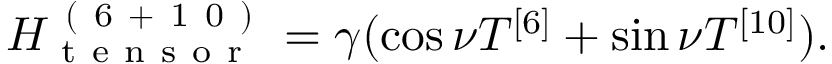
\begin{array} { r } { H _ { \mathrm { ~ t ~ e ~ n ~ s ~ o ~ r ~ } } ^ { \mathrm { ~ ( ~ 6 ~ + ~ 1 ~ 0 ~ ) ~ } } = \gamma ( \cos \nu T ^ { [ 6 ] } + \sin \nu T ^ { [ 1 0 ] } ) . } \end{array}